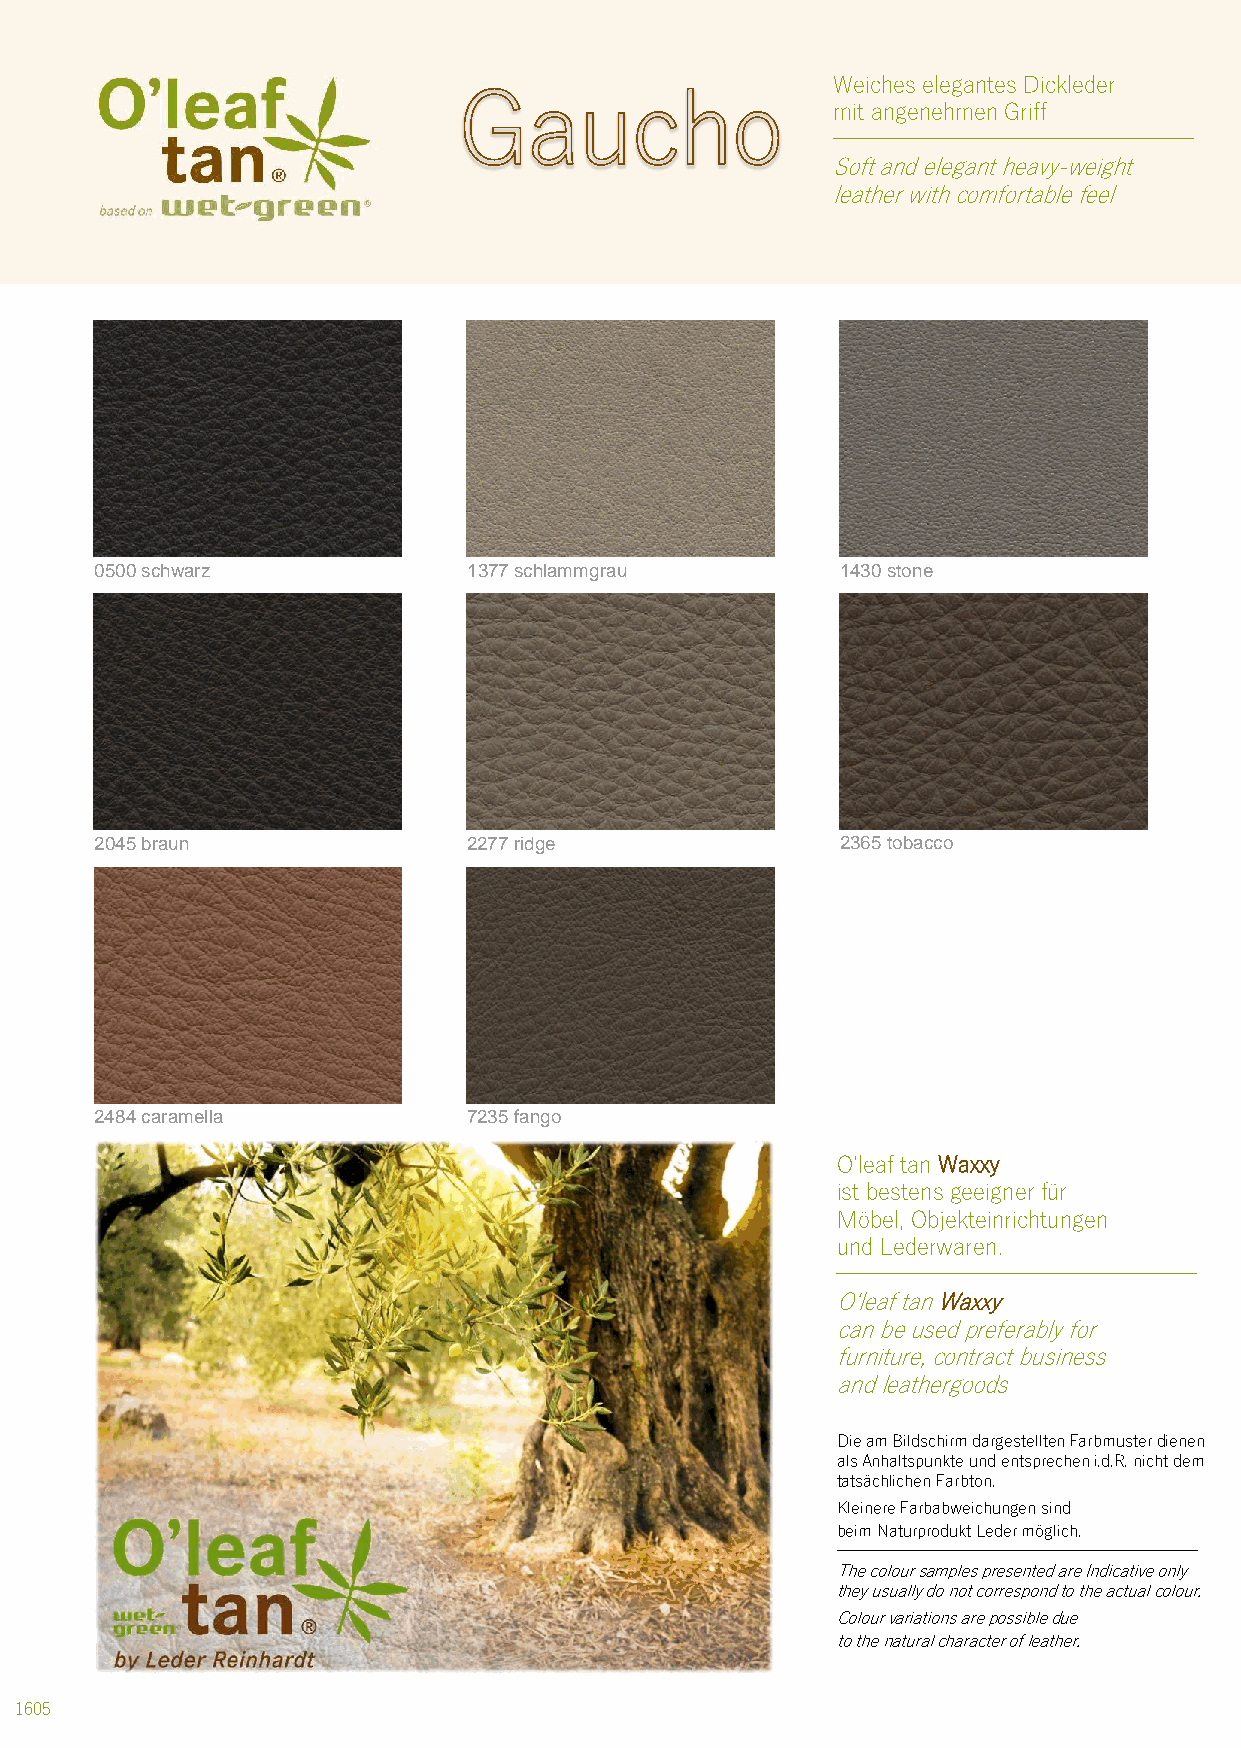
Weiches elegantes Dickleder
 mit angenehmen Griff
 Soft andelegant heavy-weight
 leatherwithcomfortablefeel
 0500 schwarz             1377 schlammgrau         1430 stone
 2045 braun               2277 ridge               2365 tobacco
 2484 caramella           7235 fango
 O‘leaf tan Waxxy
 ist bestens geeigner für
 Möbel, Objekteinrichtungen
 und Lederwaren.
 O‘leaftan Waxxy
 canbeusedpreferablyfor
 furniture, contractbusiness
 andleathergoods
 Die am Bildschirm dargestellten Farbmuster dienen
 als Anhaltspunkte und entsprechen i.d.R. nicht dem
 tatsächlichen Farbton.
 Kleinere Farbabweichungen sind
 beim Naturprodukt Leder möglich.
 The coloursamples presented are Indicative only
 they usually do not correspond to the actual colour.
 Colourvariationsarepossibledue
 tothenaturalcharacterofleather.
 1605